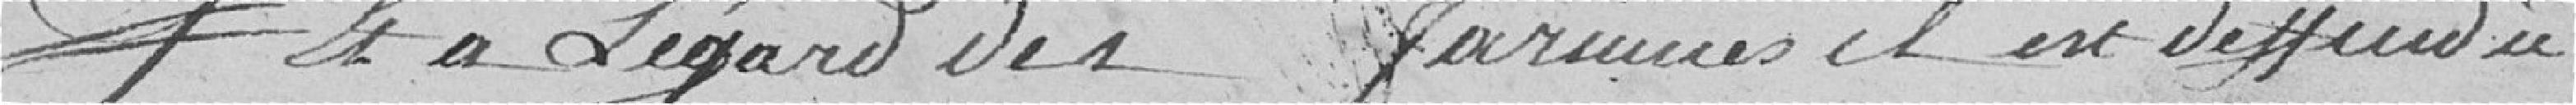
à l'égard des          il est défendu